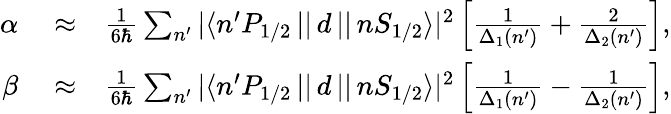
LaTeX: \begin{array}{rlr}{\alpha}&{{}\approx}&{\frac{1}{6\hbar}\sum_{n^{\prime}}{|\langle n^{\prime}P_{1/2}\, ||\, d\, ||\, nS_{1/2}\rangle|^{2}}\left[\frac{1}{\Delta_{1}(n^{\prime})}+\frac{2}{\Delta_{2}(n^{\prime})}\right],}\\ {\beta}&{{}\approx}&{\frac{1}{6\hbar}\sum_{n^{\prime}}{|\langle n^{\prime}P_{1/2}\, ||\, d\, ||\, nS_{1/2}\rangle|^{2}}\left[\frac{1}{\Delta_{1}(n^{\prime})}-\frac{1}{\Delta_{2}(n^{\prime})}\right],}\end{array}